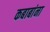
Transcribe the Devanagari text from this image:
कबाबांना